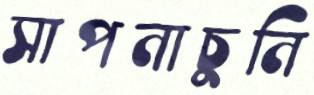
সাপনাচুনি